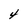
Character: 4